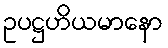
ဥပဋ္ဌဟိယမာနော